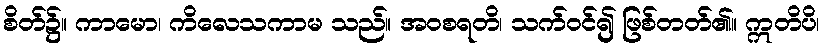
စိတ်၌။ ကာမော၊ ကိလေသကာမ သည်။ အဝစရတိ၊ သက်ဝင်၍ ဖြစ်တတ်၏။ ဣတိပိ၊